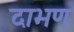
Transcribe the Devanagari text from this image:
दाभण